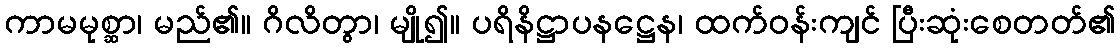
ကာမမုစ္ဆာ၊ မည်၏။ ဂိလိတွာ၊ မျို၍။ ပရိနိဋ္ဌာပနဋ္ဌေန၊ ထက်ဝန်းကျင် ပြီးဆုံးစေတတ်၏